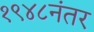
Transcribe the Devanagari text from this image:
१९४८नंतर